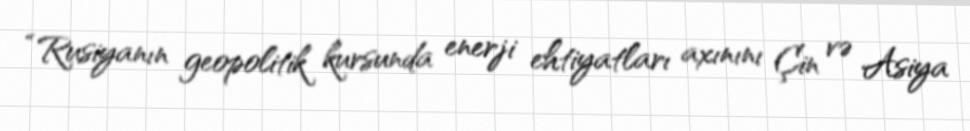
“Rusiyanın geopolitik kursunda enerji ehtiyatları axınını Çin və Asiya